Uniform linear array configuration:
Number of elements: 16
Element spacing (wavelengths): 0.5
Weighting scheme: cosine
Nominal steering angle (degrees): -15
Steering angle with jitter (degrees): -13.53
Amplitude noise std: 0.05
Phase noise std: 0.05

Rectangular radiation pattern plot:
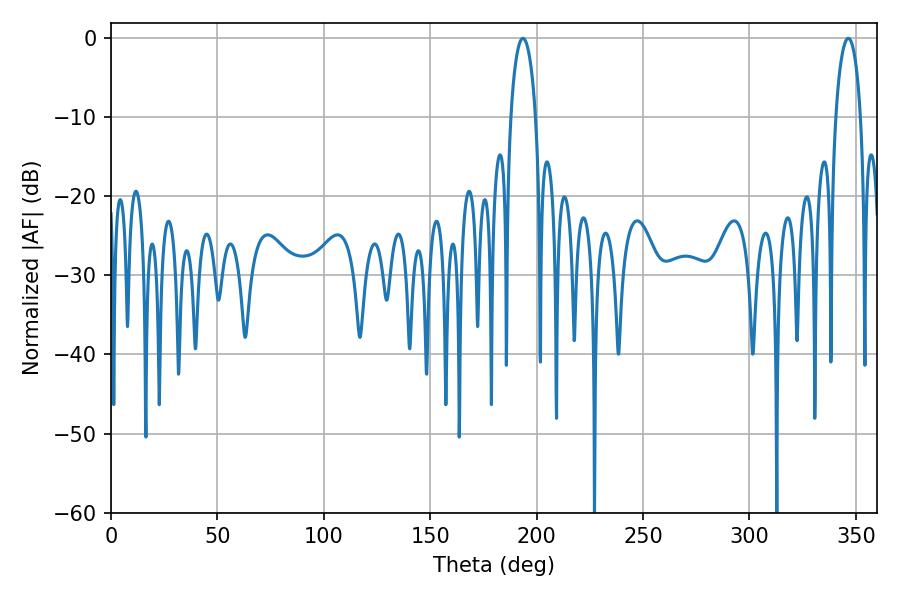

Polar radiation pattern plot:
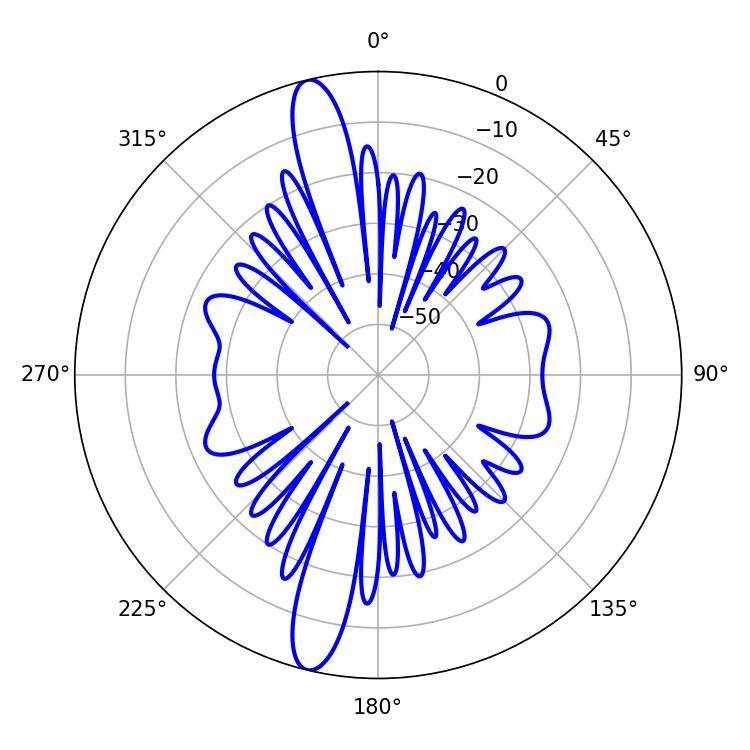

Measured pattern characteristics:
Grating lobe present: FALSE
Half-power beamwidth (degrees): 6.66
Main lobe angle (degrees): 193.5